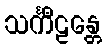
သင်္ကီဠန္တေ